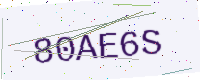
Text: 80AE6S